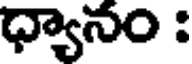
ధ్యానం :